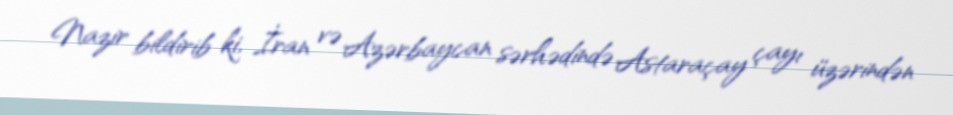
Nazir bildirib ki, İran və Azərbaycan sərhədində Astaraçay çayı üzərindən